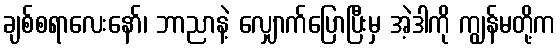
ချစ်စရာလေးနော်၊ ဘာညာနဲ့ လျှောက်ပြောပြီးမှ အဲ့ဒါကို ကျွန်မတို့က